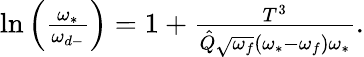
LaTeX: \begin{array}{r}{\ln\left(\frac{\omega_{*}}{\omega_{d-}}\right)=1+\frac{T^{3}}{\hat{Q}\sqrt{\omega_{f}}(\omega_{*}-\omega_{f})\omega_{*}}.}\end{array}